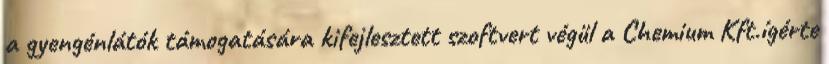
a gyengénlátók támogatására kifejlesztett szoftvert végül a Chemium Kft.ígérte